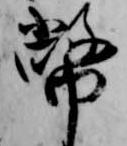
幣